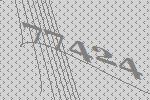
77424